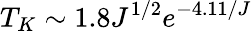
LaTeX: T_{K}\sim 1.8J^{1/2}e^{-4.11/J}